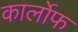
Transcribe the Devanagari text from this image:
कार्लोफ